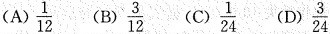
(A)\frac{1}{12}(B)\frac{3}{12}(C)\frac{1}{24}(D)\frac{3}{24}